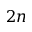
2 n